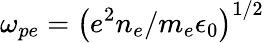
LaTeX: \omega_{pe}=\left(e^{2}n_{e}/m_{e}\epsilon_{0}\right)^{1/2}